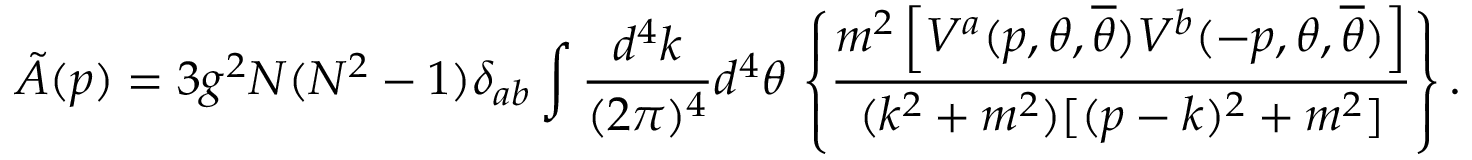
\tilde { A } ( p ) = 3 g ^ { 2 } N ( N ^ { 2 } - 1 ) \delta _ { a b } \int \frac { d ^ { 4 } k } { ( 2 \pi ) ^ { 4 } } d ^ { 4 } \theta \, \left\{ \frac { m ^ { 2 } \left[ V ^ { a } ( p , \theta , { \overline { { \theta } } } ) V ^ { b } ( - p , \theta , { \overline { { \theta } } } ) \right] } { ( k ^ { 2 } + m ^ { 2 } ) [ ( p - k ) ^ { 2 } + m ^ { 2 } ] } \right\} .